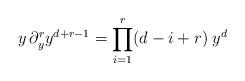
LaTeX: \begin{align*}y\,\partial^r_yy^{d+r-1}=\prod_{i=1}^r(d-i+r)\;y^{d}\end{align*}